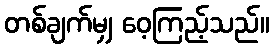
တစ်ချက်မျှ ဝေ့ကြည့်သည်။